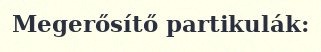
Megerősítő partikulák: